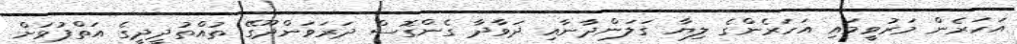
އަހަރެން މަރުވީމައި އަހަރެންގެ ލިޔާ ގަލަންދާނާއި ދަވާދާ ގެންގޮސް ދަރަވަންދޫގޭ ތުއްތުދީދީގެ އަތްޕުޅަށް